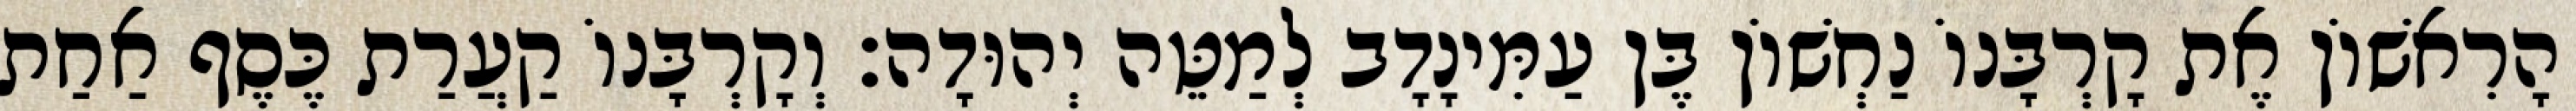
הָרִאשׁוֹן אֶת קָרְבָּנוֹ נַחְשׁוֹן בֶּן עַמִּינָדָב לְמַטֵּה יְהוּדָה׃ וְקָרְבָּנוֹ קַעֲרַת כֶּסֶף אַחַת